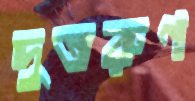
দুতরুণ